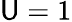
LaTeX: \mathsf{U}=1